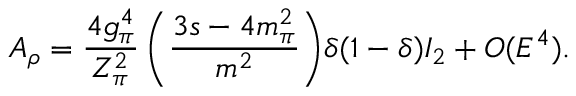
A _ { \rho } = \frac { 4 g _ { \pi } ^ { 4 } } { Z _ { \pi } ^ { 2 } } \left( \frac { 3 s - 4 m _ { \pi } ^ { 2 } } { m ^ { 2 } } \right) \! \delta ( 1 - \delta ) I _ { 2 } + { \cal O } ( E ^ { 4 } ) .